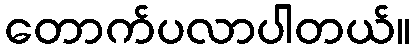
တောက်ပလာပါတယ်။